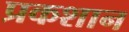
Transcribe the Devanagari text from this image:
प्रकशान